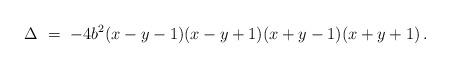
LaTeX: \begin{align*} \Delta\ =\ -4b^2(x-y-1)(x-y+1)(x+y-1)(x+y+1)\,.\end{align*}